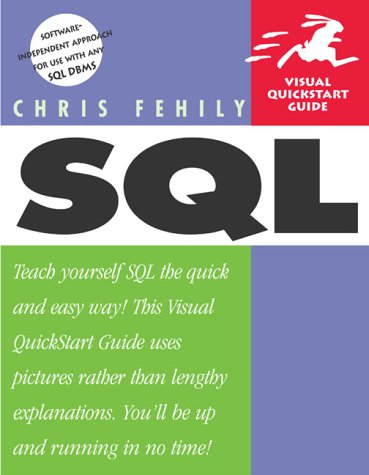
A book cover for SQL; Chris Fehily; Computers & Technology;